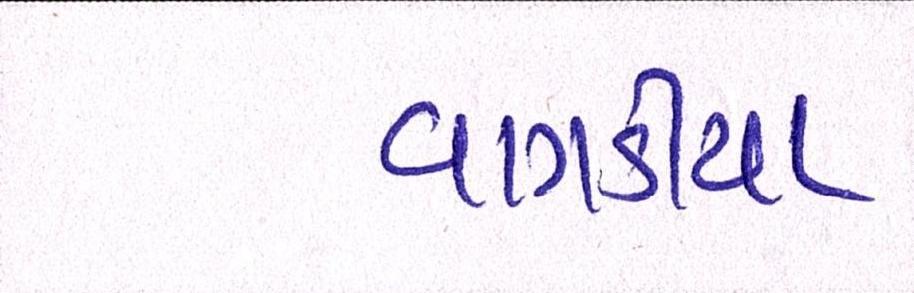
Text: વાગડીયા